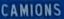
CAMIONS